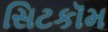
સિટકૉમ